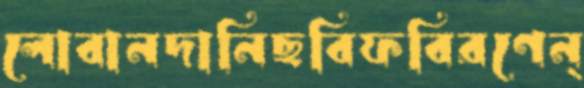
লোবানদানিছবিফবিরণেন্